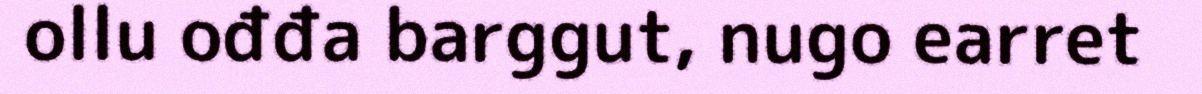
ollu ođđa barggut, nugo earret